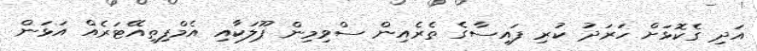
އަދި ގެކޮޅަށް ހަރަދު ކުރި ފައިސާގެ ތެރެއިން ސްވިމިން ޕޫލަކާއި އެމްފިތިއޭޓަރެއް އަޅަން